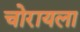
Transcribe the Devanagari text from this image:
चोरायला